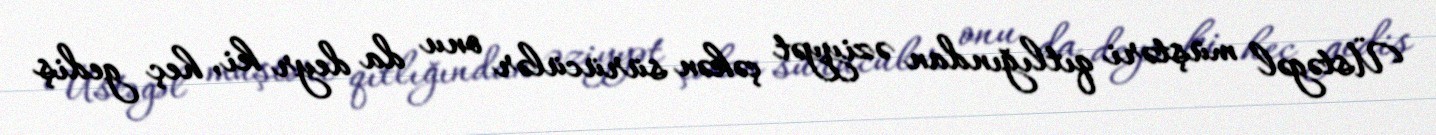
Üstəgəl müştəri qıtlığından əziyyət çəkən sürücülər onu da deyr ki, heç gediş